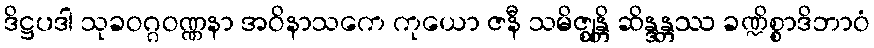
ဒိဋ္ဌပဒါ သုခဝဂ္ဂဝဏ္ဏနာ အဝိနာသကေ ကုယော ဇနီ သမိဇ္ဈန္တိ ဆိန္ဒန္တဿ ခဏ္ဍိစ္စာဒိဘာဝံ